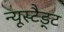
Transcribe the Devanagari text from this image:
न्यूस्टैड्ट